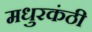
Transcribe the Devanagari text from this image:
मधुरकंठी